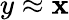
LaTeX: y\approx\mathbf{x}